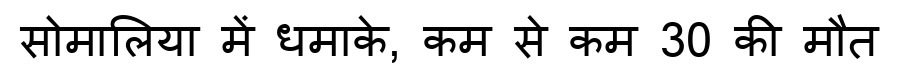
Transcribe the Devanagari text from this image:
सोमालिया में धमाके, कम से कम 30 की मौत